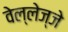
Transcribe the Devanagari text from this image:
वेल्लेज्जे